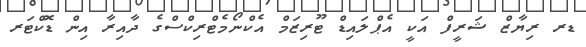
ޑރ ރިޔާޒް ޝަރީފް އަކީ އެޕްލައިޑް ޓޫރިޒަމް އެކްނޯމެޓްރިކްސްގެ ދާއިރާ އިން ޑޮކްޓަރ